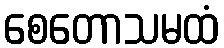
စေတောသမထံ